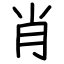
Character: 肖